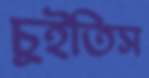
চুইতিস